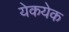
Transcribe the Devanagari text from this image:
येकयेक